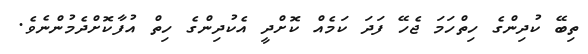
ތިބޭ ކުދިންގެ ހިތްހަމަ ޖެހޭ ފަދަ ކަމެއް ކޮށްދީ އެކުދިންގެ ހިތް އުފާކޮށްދެމުންނެވެ.